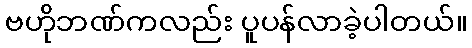
ဗဟိုဘဏ်ကလည်း ပူပန်လာခဲ့ပါတယ်။